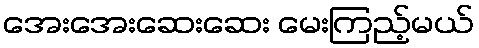
အေးအေးဆေးဆေး မေးကြည့်မယ်